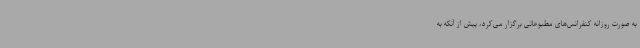
به صورت روزانه کنفرانس‌های مطبوعاتی برگزار می‌کرد، پیش از آنکه به